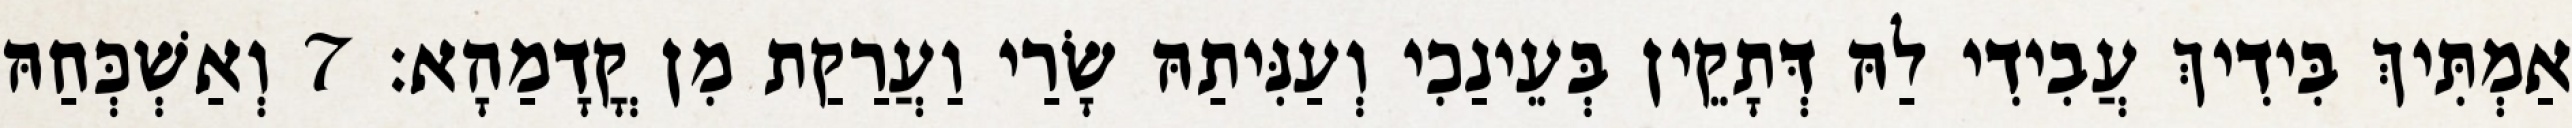
אַמְתִּיךְ בִּידִיךְ עֲבִידִי לַהּ דְּתָקֵין בְּעֵינַכִי וְעַנִּיתַהּ שָׂרַי וַעֲרַקַת מִן קֳדָמַהָא׃ 7 וְאַשְׁכְּחַהּ